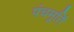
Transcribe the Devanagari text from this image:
पंचमूर्ति